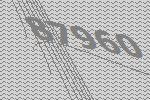
87960